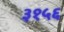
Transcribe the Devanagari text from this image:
३१५६